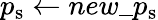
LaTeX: p_{\mathrm{s}}\gets new\textunderscore p_{\mathrm{s}}